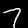
Digit: 7